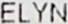
ELYN